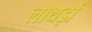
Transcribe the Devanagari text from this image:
लोथड़ों